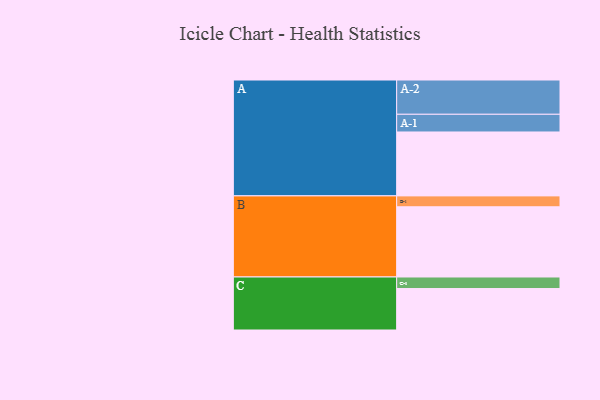
{"axis": {"x": "Segment", "y": "Value"}, "legend": ["", "A", "B", "C"], "data": [{"x": "A", "y": 498, "type": ""}, {"x": "B", "y": 547, "type": ""}, {"x": "C", "y": 323, "type": ""}, {"x": "A-1", "y": 138, "type": "A"}, {"x": "A-2", "y": 267, "type": "A"}, {"x": "B-1", "y": 85, "type": "B"}, {"x": "C-1", "y": 90, "type": "C"}]}